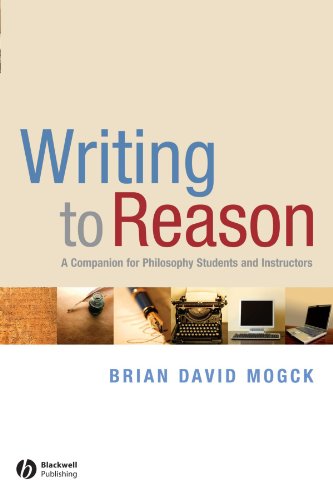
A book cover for Writing To Reason: A Companion for Philosophy Students and Instructors; Brian David Mogck; Politics & Social Sciences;